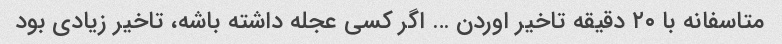
متاسفانه با ٢٠ دقیقه تاخیر اوردن … اگر کسی عجله داشته باشه، تاخیر زیادی بود